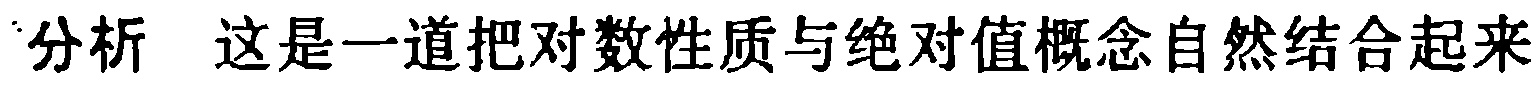
分析 这是一道把对数性质与绝对值概念自然结合起来